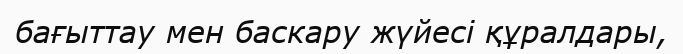
бағыттау мен баскару жүйесі құралдары,